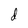
Character: d